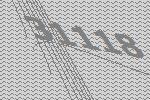
31118